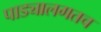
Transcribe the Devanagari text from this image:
पाड्यालगतच